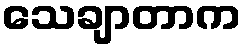
သေချာတာက